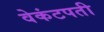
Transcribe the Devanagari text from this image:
वेकंटपती